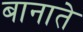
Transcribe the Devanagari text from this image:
बानाते